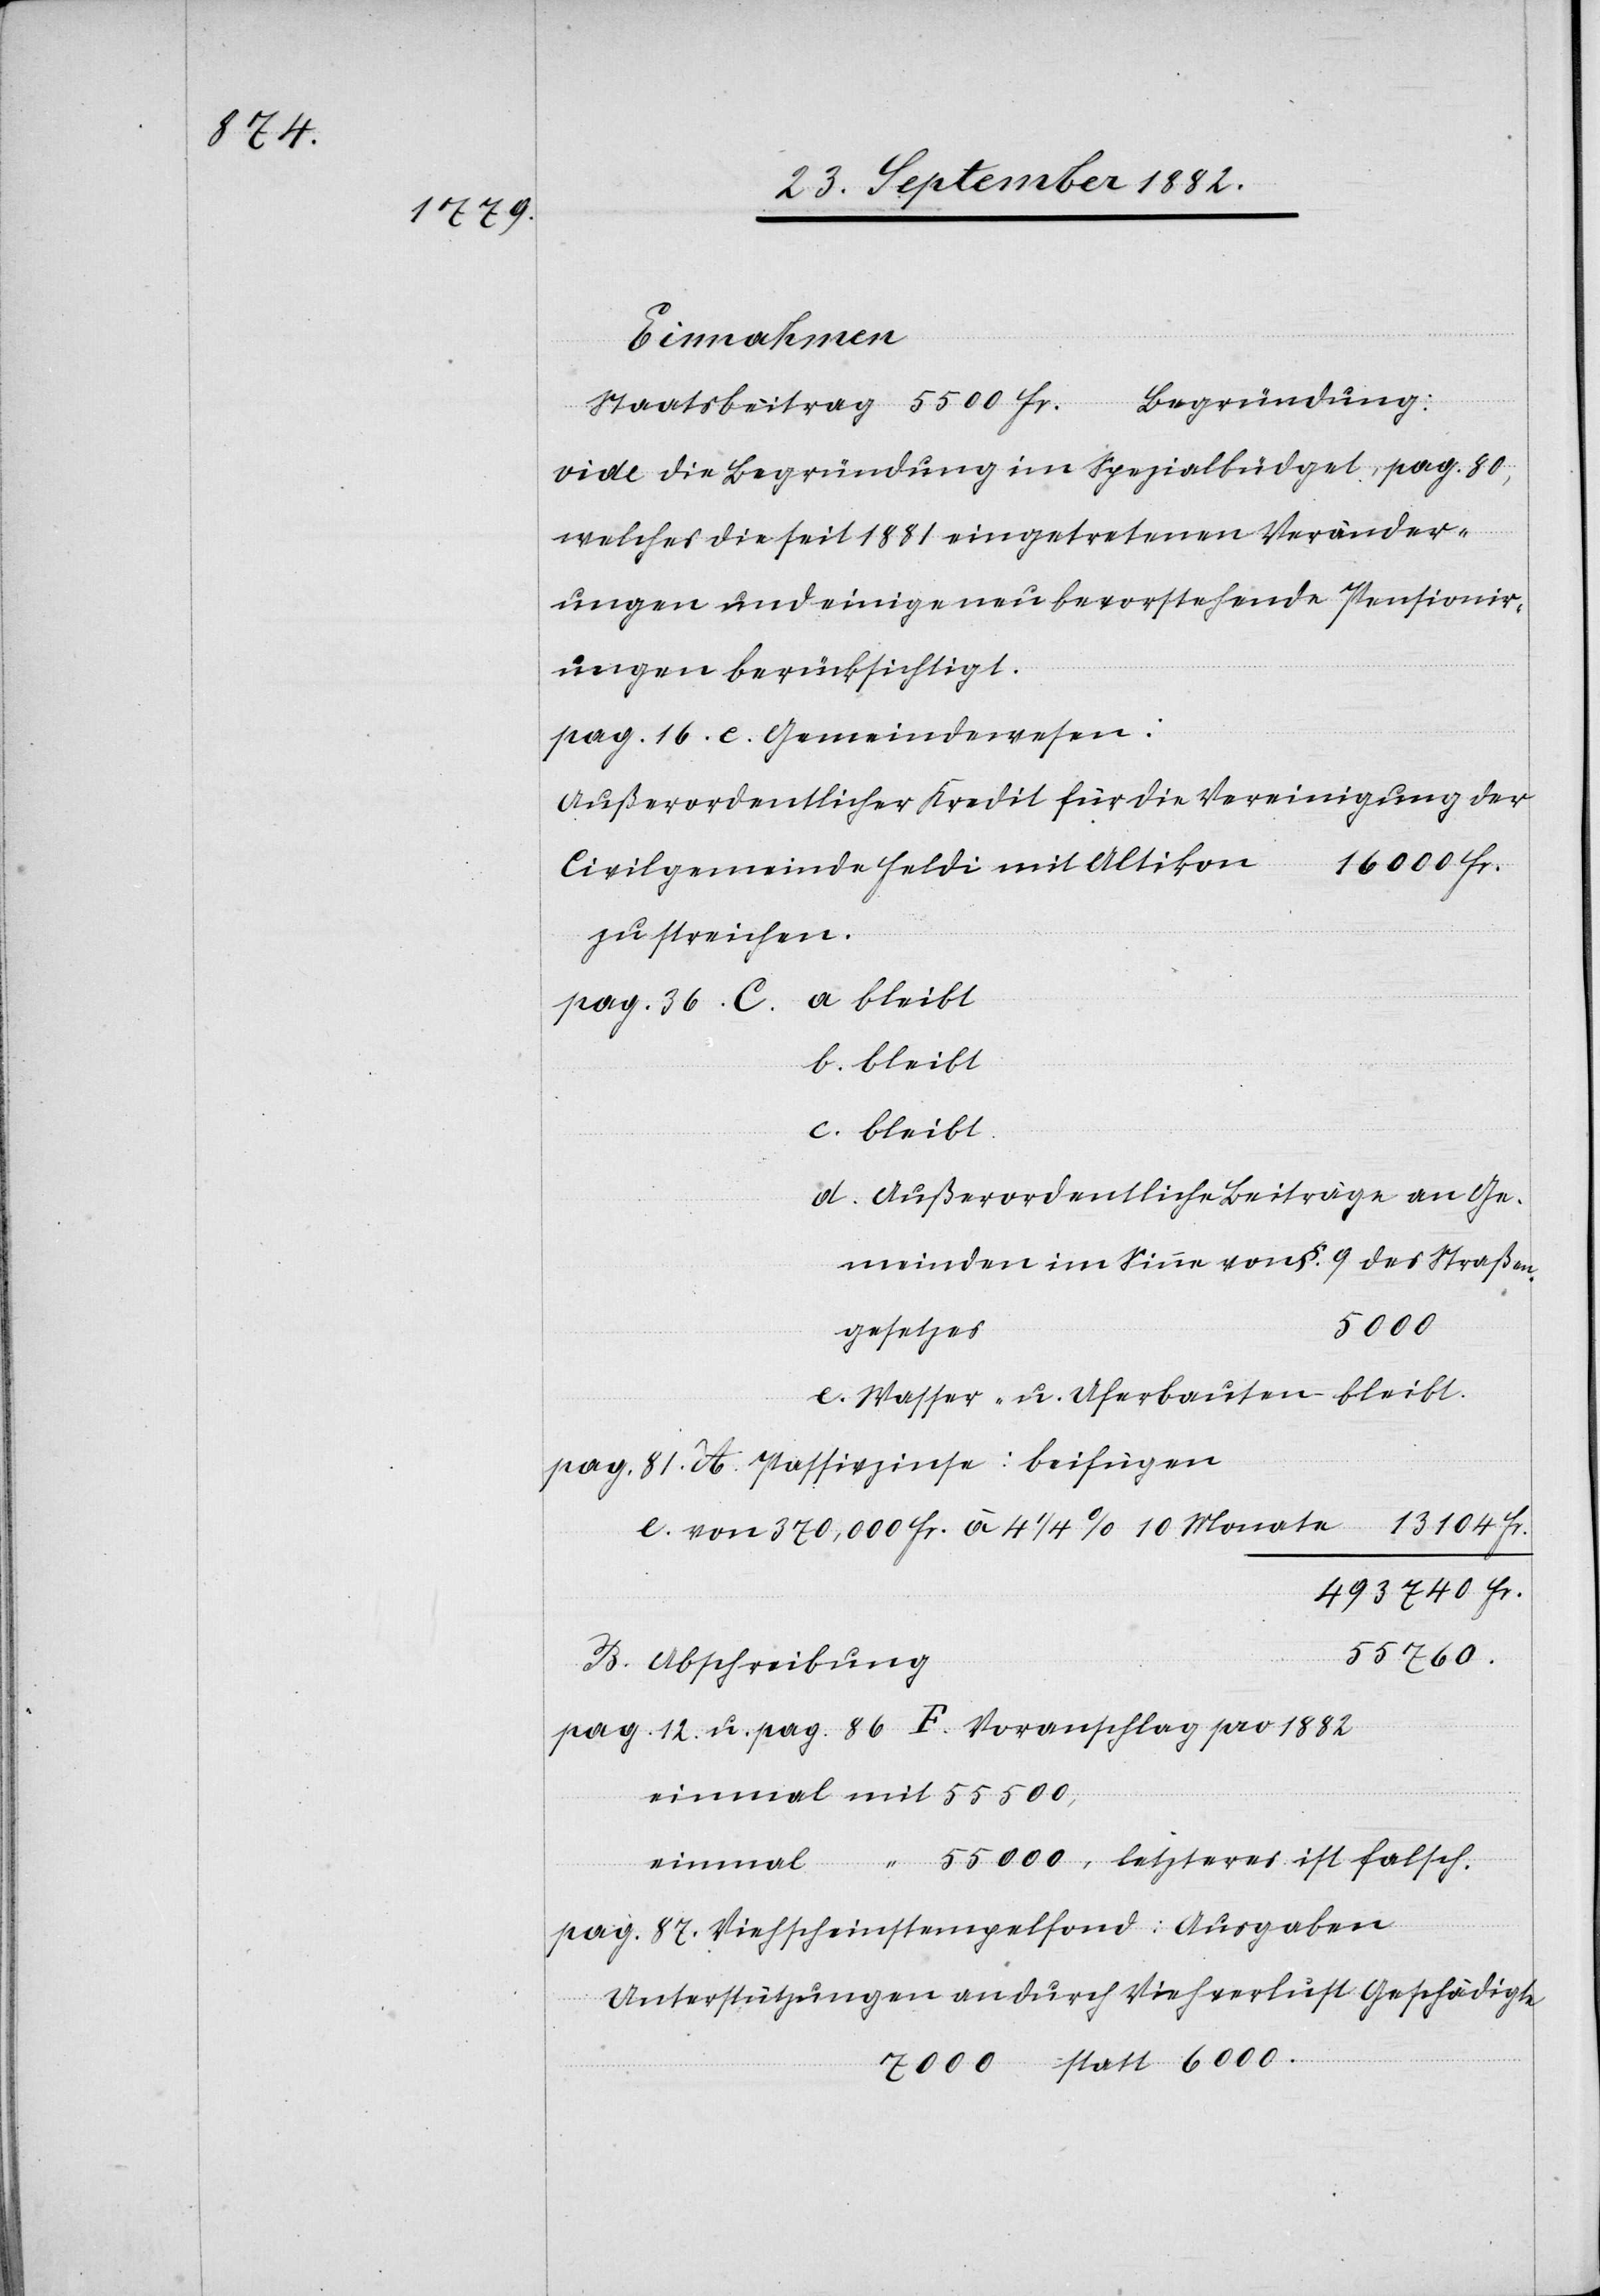
pag. 36.

Einnahmen.
Begründung:
Staatsbeitrag 5500 Fr.
vide die Begründung im Spezialbüdget, pag. 80,
welches die seit 1881 eingetretenen Veränder¬
ungen und einige neu bevorstehende Pensionir¬
ungen berücksichtigt.
pag. 16. e. Gemeindewesen:
Außerordentlicher Kredit für die Vereinigung der
16000 Fr.
Civilgemeinde Feldi mit Altikon
zu streichen.
b. bleibt.
c. bleibt.
d. Außerordentliche Beiträge an Ge¬
meinden im Sinne von §. 9 des Straßen¬
55000,
gesetzes
e. Wasser- u. Uferbauten bleibt.
pag. 81. A. Passivzinse: beifügen
13104
e. von 370,000 Fr. à 4 1/4% 10 Monate
B. Abschreibung
pag. 12 u. pag 86 F. Voranschlag pro 1882
pag. 87. Viehscheinstempelfond: Ausgaben
Unterstützungen an durch Viehverlust Geschädigte
7000 statt 6000.